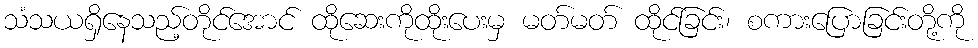
သံသယရှိနေသည့်တိုင်အောင် ထိုဆေးကိုထိုးပေးမှ မတ်မတ် ထိုင်ခြင်း၊ စကားပြောခြင်းတို့ကို